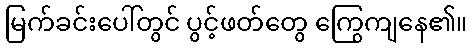
မြက်ခင်းပေါ်တွင် ပွင့်ဖတ်တွေ ကြွေကျနေ၏။